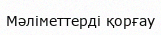
Мәліметтерді қорғау